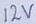
Text: 12V